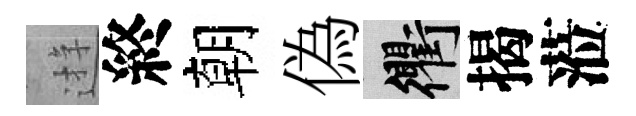
逰終朝偽衢揭蒞